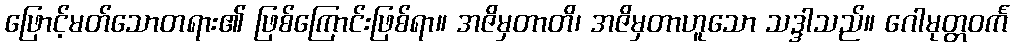
ဖြောင့်မတ်သောတရား၏ ဖြစ်ကြောင်းဖြစ်ရာ။ အဇိမှတာတိ၊ အဇိမှတာဟူသော သဒ္ဒါသည်။ ဂေါမုတ္တဝင်္က